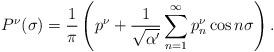
LaTeX: \begin{align*}P^{\nu}(\sigma)=\frac{1}{\pi}\left( p^{\nu}+\frac{1}{\sqrt{\alpha'}} \sum_{n =1}^{\infty}p^{\nu}_n\cos n\sigma\right).\end{align*}